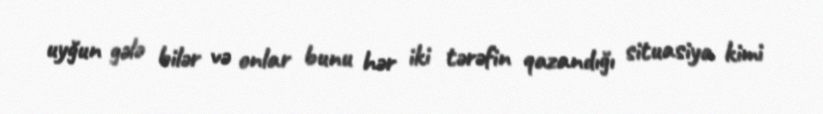
uyğun gələ bilər və onlar bunu hər iki tərəfin qazandığı situasiya kimi